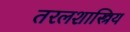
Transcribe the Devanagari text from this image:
तरलशास्त्रिय